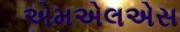
એમએલએસ